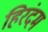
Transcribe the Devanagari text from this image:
हिरंदम